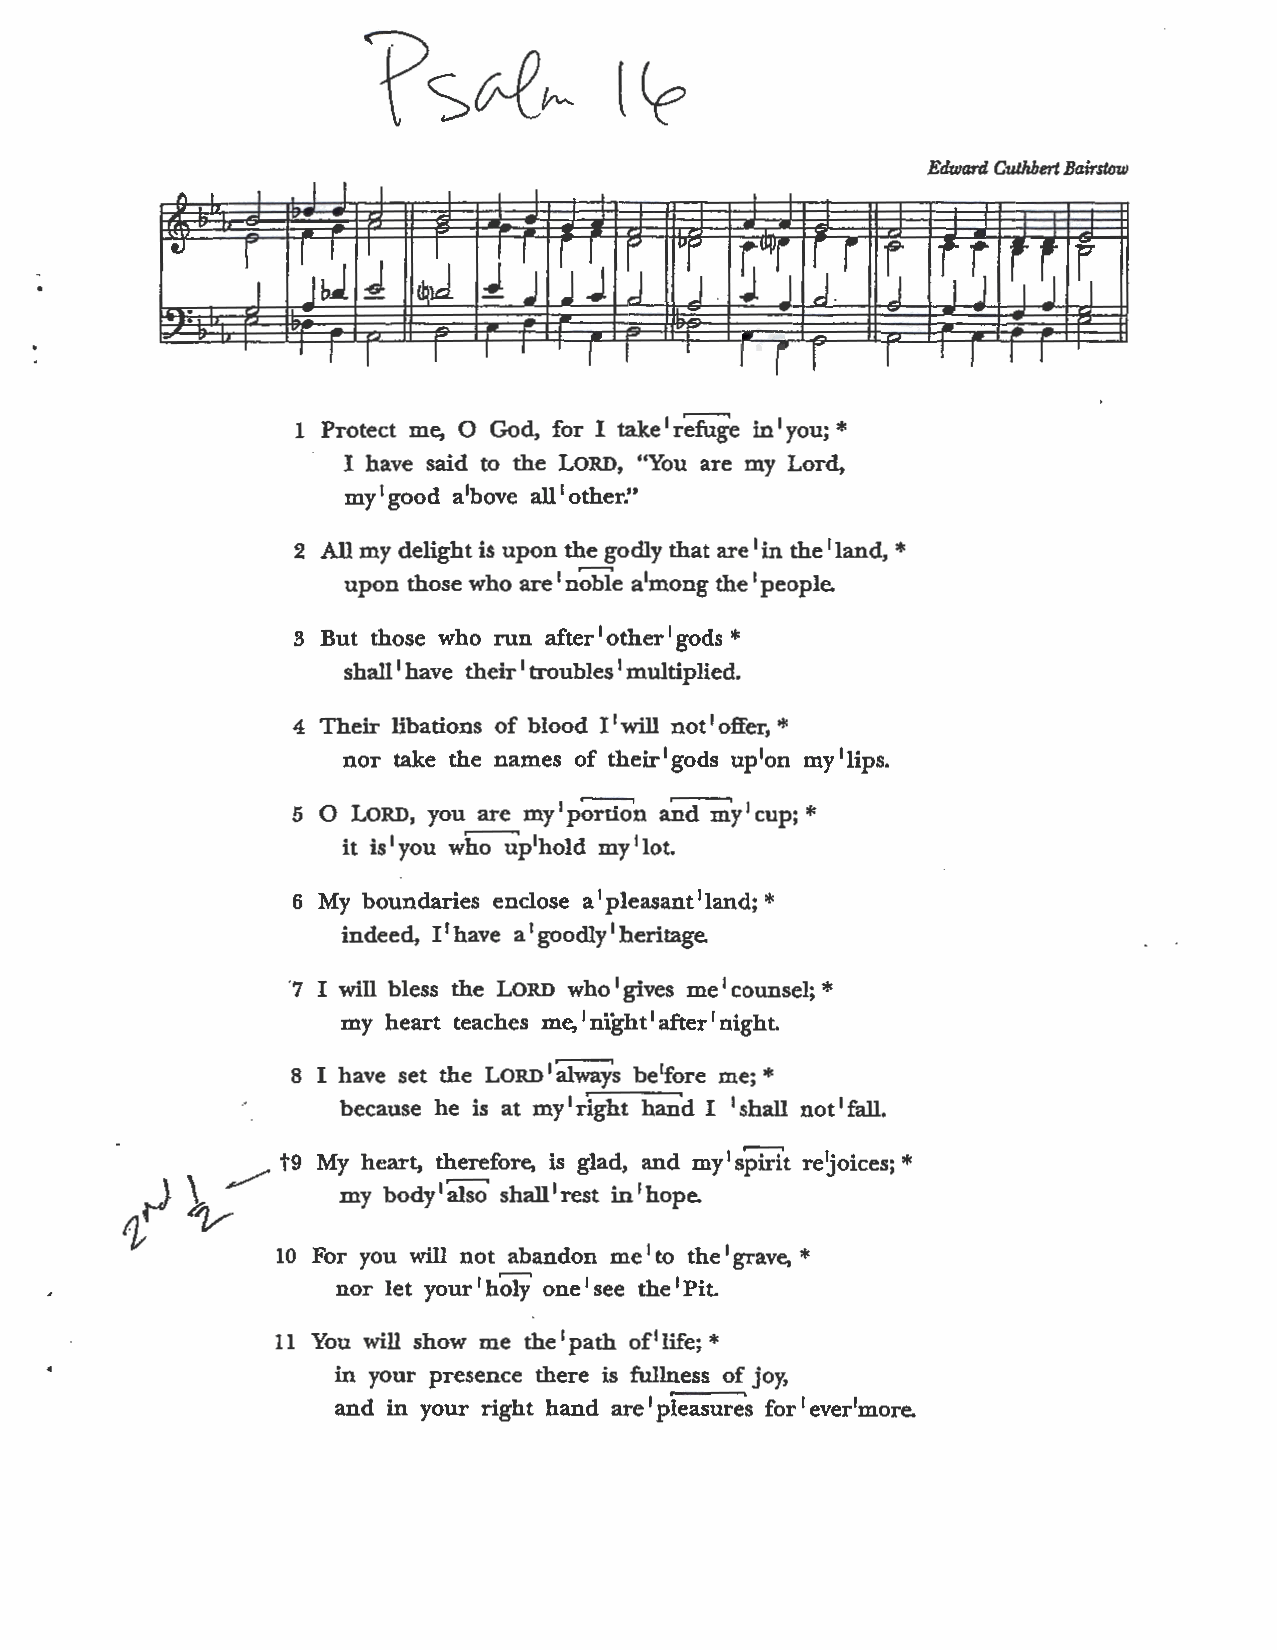
Edward Cuthbert Bairstow
 1 Protect me, 0 God, for I take 1r ~e in 1y ou; *
 I have said to the LORD, "You are my Lord,
 my 1g ood a1bove all 1 other:•
 2 All my delight is upon the godly that are 1i n the 1l and, *
 upon those who are 1n ~e a1mong the 1p eople.
 3 But those who run after 1other1g ods *
 shall 1 have their 1t roubles 1 multiplied.
 4 Their libations of blood I 1w ill not 1o ffer, *
 nor take the names of their 1g ods up1on my 1l ips.
 5 0 LORD, you are my 1p ~ ~y  1 cup; *
 it is1you w~p1hold my1lot.
 6 My boundaries enclose a 1pleasant1l and; *
 indeed, I 1h ave a 1g oodly 1h eritage
 ·7 I will bless the LORD who 1g ives me 1c ounsel; *
 my heart teaches me, 1 night 1a fter 1n ight.
 8 I have set the LORD 1a lways be1fore me; *
 because he is at my 1r ight hand I 1s hall not 1f all.
 My heart, therefore, is glad, and my 1s Piri't re]oices; *
 my body 1~ shall 1r est in 1h ope.
 10 For you will not abandon me 1 to the 1g rave, *
 nor let your 1 h~ one 1 see the 1P it.
 11 You will show me the 1p ath of 1l ife; *
 in your presence there is fullness of joy,
 and in your right hand are 1 pleasures for 1e ver1more